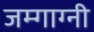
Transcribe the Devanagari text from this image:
जम्गाग्नी